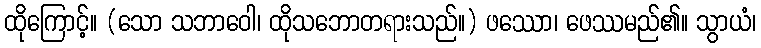
ထိုကြောင့်။ (သော သဘာဝေါ၊ ထိုသဘောတရားသည်။) ဖဿော၊ ဖေဿမည်၏။ သွာယံ၊